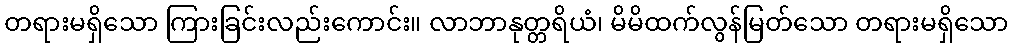
တရားမရှိသော ကြားခြင်းလည်းကောင်း။ လာဘာနုတ္တရိယံ၊ မိမိထက်လွန်မြတ်သော တရားမရှိသော